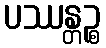
ပဿန္တဉ္စ